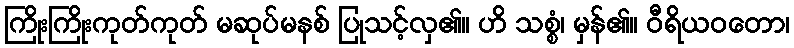
ကြိုးကြိုးကုတ်ကုတ် မဆုပ်မနစ် ပြုသင့်လှ၏။ ဟိ သစ္စံ၊ မှန်၏။ ဝီရိယဝတော၊